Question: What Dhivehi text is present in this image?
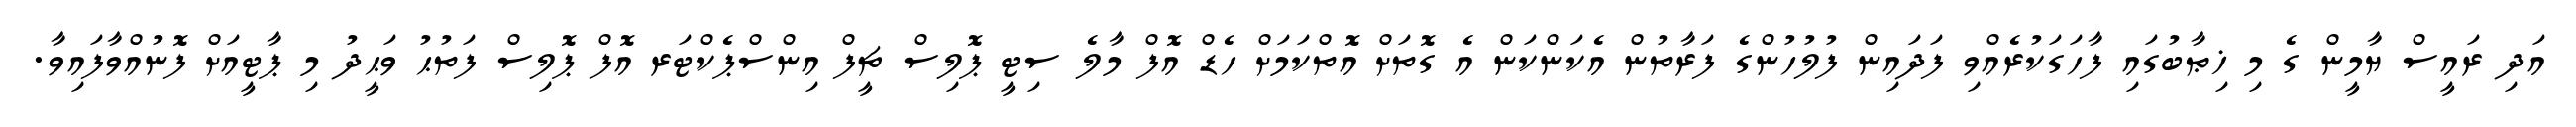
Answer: އަދި ރައީސް ޔާމީން ގެ މި ޚިޠާބުގައި ފާހަގަކުރެއްވި ފަދައިން ފުލުހުންގެ ފަރާތުން އެކަންކަން އެ ގޮތަށް އޮތްކަމަށް ހެޑް އޮފް މާލެ ސިޓީ ޕޮލިސް ޗީފް އިންސްޕެކްޓަރ އޮފް ޕޮލިސް ފަތުޙު ވަޙީދު މި ޕާޓީއަށް ފޮނުއްވާފައިވާ.